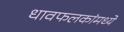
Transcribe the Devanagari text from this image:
धावफलकांमध्ये